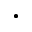
\cdot